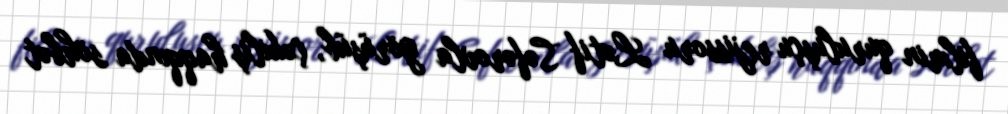
filmin quruluşçu rejissoru Lətif Səfərovla görüşüb, çəkiliş haqqında söhbət